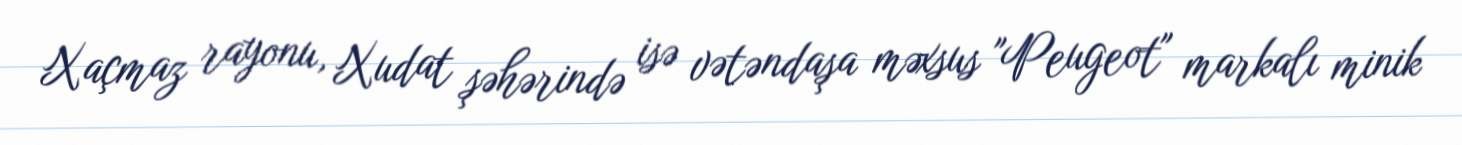
Xaçmaz rayonu, Xudat şəhərində isə vətəndaşa məxsus "Peugeot" markalı minik